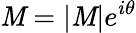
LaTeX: \mathit{M}=|\mathit{M}|e^{i\theta}